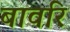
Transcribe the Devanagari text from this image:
बावरि